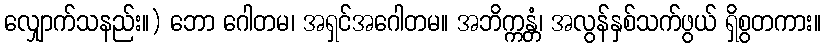
လျှောက်သနည်း။) ဘော ဂေါတမ၊ အရှင်အဂေါတမ။ အဘိက္ကန္တံ၊ အလွန်နှစ်သက်ဖွယ် ရှိစွတကား။